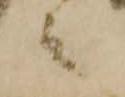
ミ